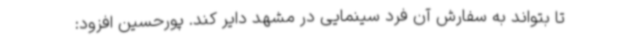
تا بتواند به سفارش آن فرد سینمایی در مشهد دایر کند. پورحسین افزود: